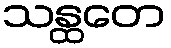
သန္ထတေ